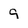
Character: 9